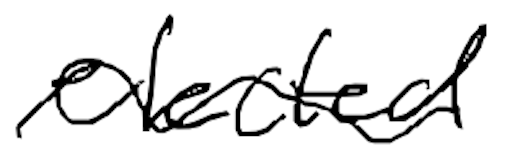
Text: elected
Cross-out: wave
Writing tool: digital_black